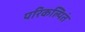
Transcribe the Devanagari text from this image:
परिकल्पितं